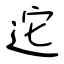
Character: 迱